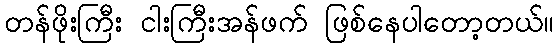
တန်ဖိုးကြီး ငါးကြီးအန်ဖက် ဖြစ်နေပါတော့တယ်။